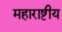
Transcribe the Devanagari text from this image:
महाराष्टीय